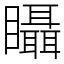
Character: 𥍉